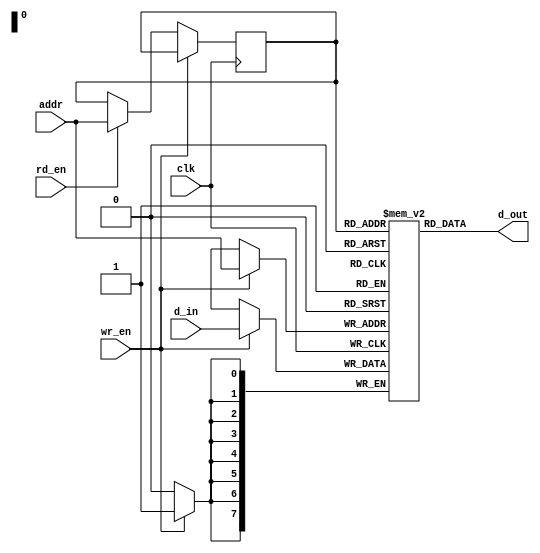
//----------------------------------------------------------------------
//
// This block is uncopyrighted and released into the public domain.
//----------------------------------------------------------------------

module behave1p_mem
  #(parameter depth=256,
    parameter width=8,
    parameter addr_sz=$clog2(depth))
  (/*AUTOARG*/
  // Outputs
  d_out,
  // Inputs
  wr_en, rd_en, clk, d_in, addr
  );
  input        wr_en, rd_en, clk;
  input [width-1:0] d_in;
  input [addr_sz-1:0]     addr;

  output [width-1:0]     d_out;

  reg [addr_sz-1:0] r_addr;

  reg [width-1:0]            array[0:depth-1];
  
  always @(posedge clk)
    begin
      if (wr_en)
        begin
          array[addr] <= #1 d_in;
        end
      else if (rd_en)
        begin
          r_addr <= #1 addr;
        end
    end // always @ (posedge clk)

  assign d_out = array[r_addr];

`ifndef verilator
  genvar g;

  generate
    for (g=0; g<depth; g=g+1)
      begin : breakout
	wire [width-1:0] brk;

	assign brk=array[g];
      end
  endgenerate
`endif

endmodule